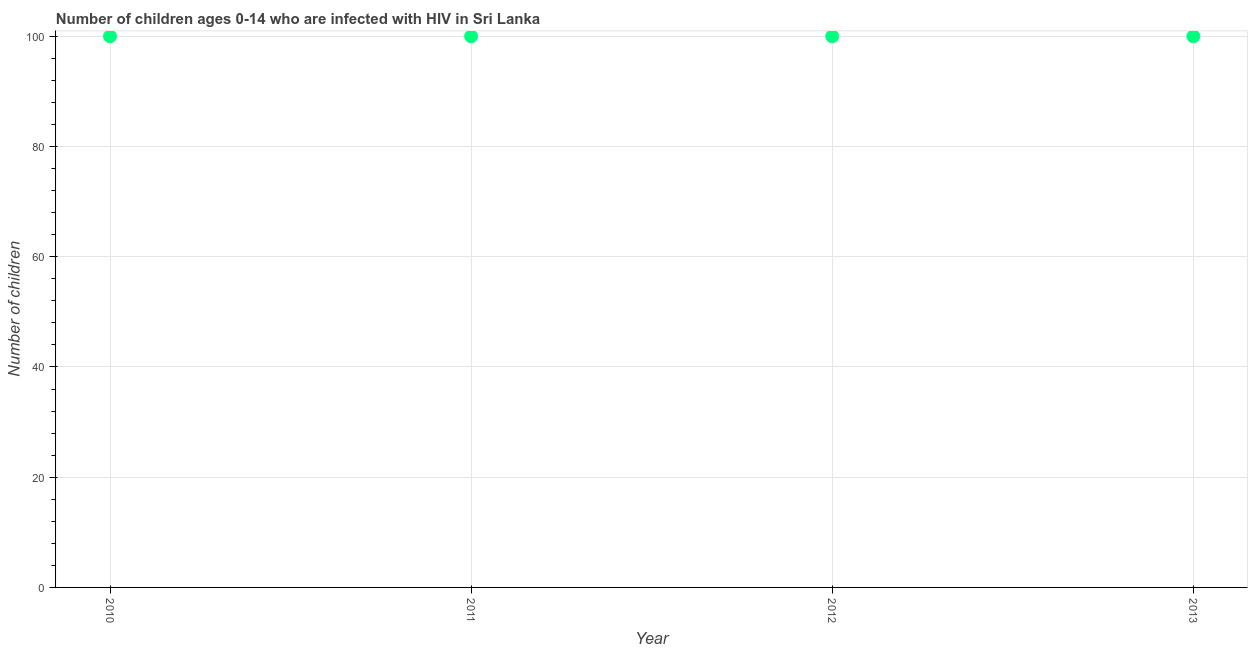
| Year | Children (0-14) living with HIV |
 | --- | --- |
 | 2010 | 100 |
 | 2011 | 100 |
 | 2012 | 100 |
 | 2013 | 100 |